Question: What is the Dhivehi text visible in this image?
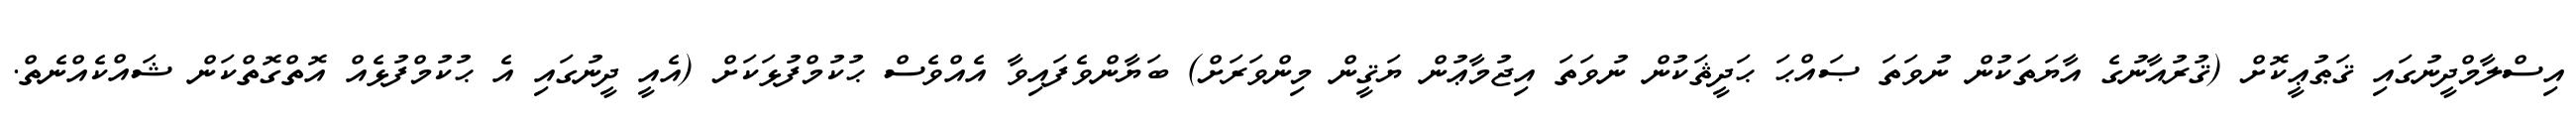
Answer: އިސްލާމްދީނުގައި ޤަޠުޢީކޮށް (ޤުރުއާނުގެ އާޔަތަކުން ނުވަތަ ޞައްޙަ ޙަދީޘަކުން ނުވަތަ އިޖުމާޢުން ޔަޤީން މިންވަރަށް) ބަޔާންވެފައިވާ އެއްވެސް ޙުކުމްފުޅަކަށް (އެއީ ދީނުގައި އެ ޙުކުމްފުޅެއް އޮތްގޮތްކަން ޝައްކެއްނެތް.